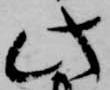
此